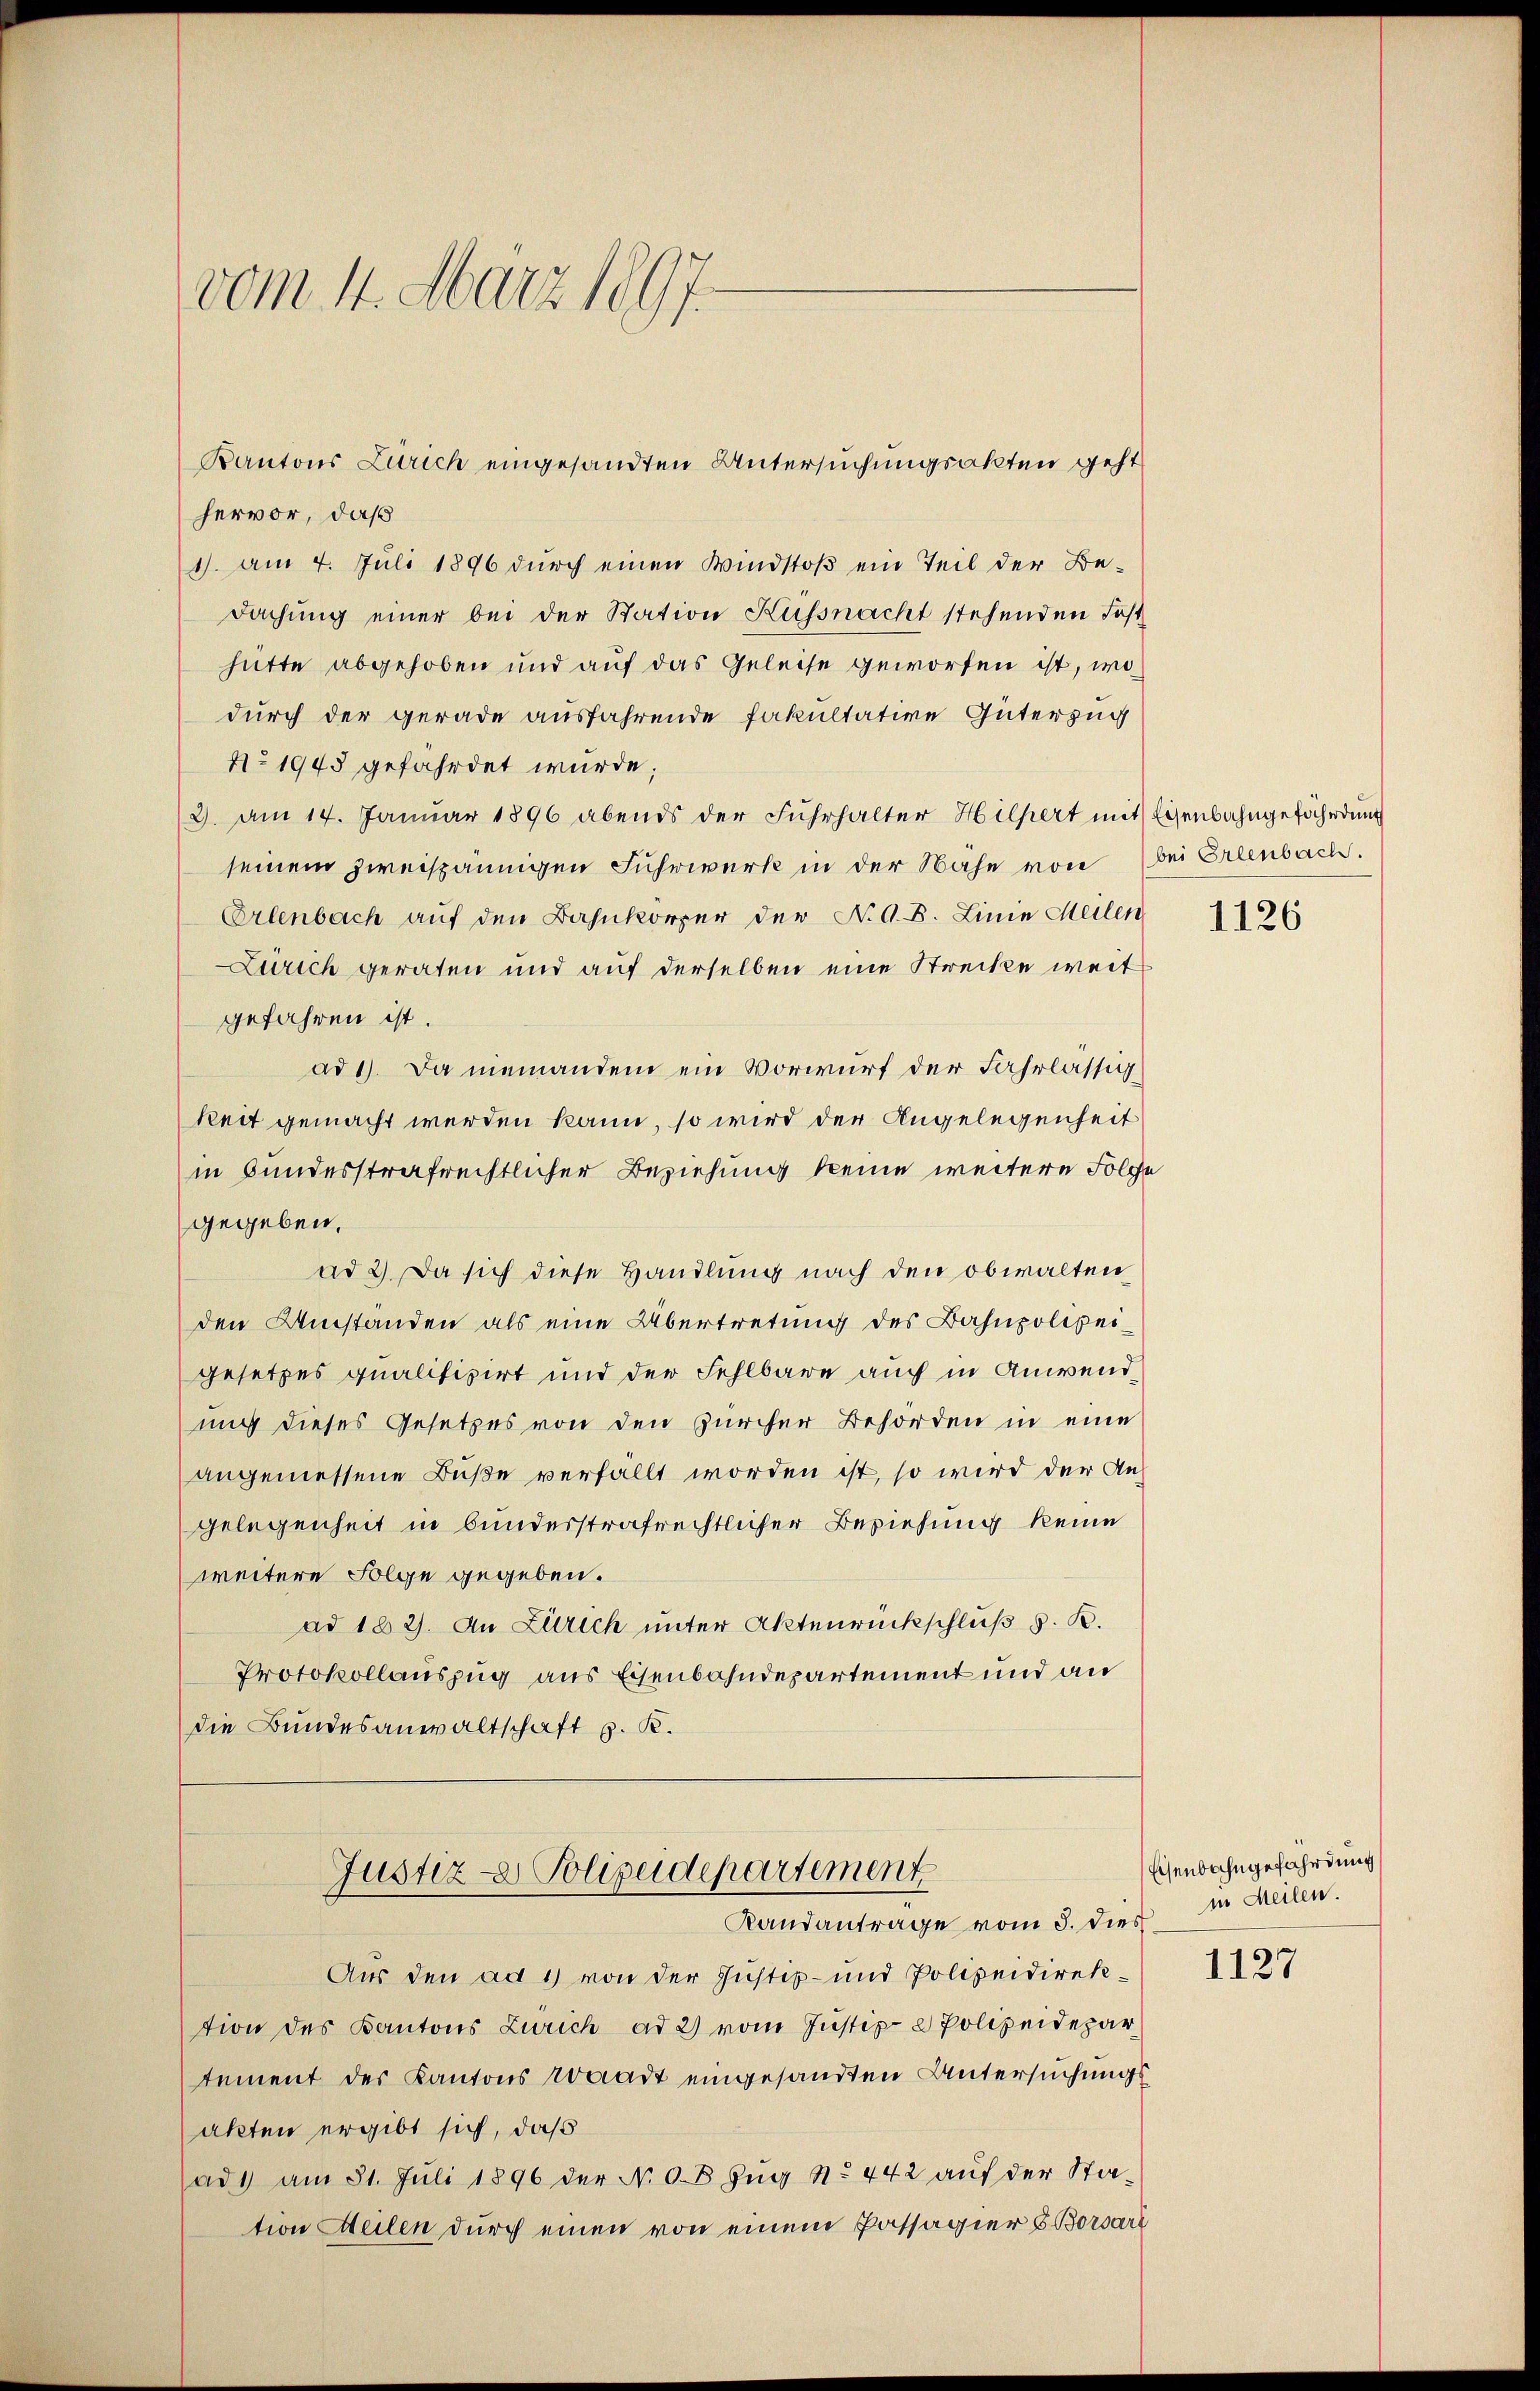
vom 14. März 1897.

hervor, daß
1). Am 4. Juli 1896 dŭrch einen Windstoß ein Teil der Be-
Dachung einer bei der Station Küssnacht stehenden Fasthütte abgehoben und auf das Geleise geworfen ist, wo
durch der gerade ausfahrende Fakultative Güterzug
No 1945 gefährdet wurde;
(3. Am 14. Januar 1896 abends der Fuhrhalter Hilpert mit Eisenbahngefährdung
seinem zweispännigen Fuhrwerk in der Nahe von bei Erlenbach.
Erlenbach auf den Bahnkörper der N. G. B. Linie Meilen
Zürich geraten und auf derselben eine Strecke weit
gefahren ist.
ad 1. Da niemandem ein Vorwurf der Fahrlässig
keit gemacht werden kann, so wird der Angelegenheit
in bundesstrafrechtlicher Beziehung keine weitere Folge
gegeben.
ad 2). Da sich diese Handlung nach den obwalten
den Umständen als eine Übertretung des Bahnpolizeigesetzes qualifiziert und der Fehlbare auch in Anwendung dieses Gesetzes von den Zürcher Behörden in eine
angemessene Buße verfällt worden ist, so wird der An-
gelegenheit in bunderstrafrechtlicher Beziehung keine
weitere Folge gegeben.
ad 182). An Zürich unter Aktenrückschluß d. R.
Protokollauszug aus Eisenbahndepartement und an
die Bundesanwaltschaft p. K.
Justiz - Polizeidepartement
Randantrage vom 3. dies
Aus den ad 1) von der Justiz- und Polizeidirektion des Kantons Zürich ad 2) vom Justiz- & Polizeidepar
tement der Kantons Waadt eingesandten Untersuchungsakten ergibt sich, daß
ad1 am 31. Juli 1896 der N. O. Zŭg N. 442 auf der Sta-
tion Meilen durch einen von einem Passagier & Borsare

Kantons Zürich eingesandten Untersuchungsakten geht

1126

Eisenbahngefährdung
in Meilen.

1127